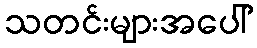
သတင်းများအပေါ်